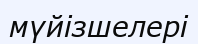
мүйізшелері